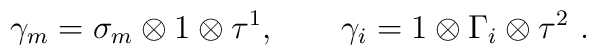
\gamma_m = \sigma_m \otimes 1 \otimes \tau^1, \qquad \gamma_i = 1\otimes \Gamma_i \otimes \tau^2\ .